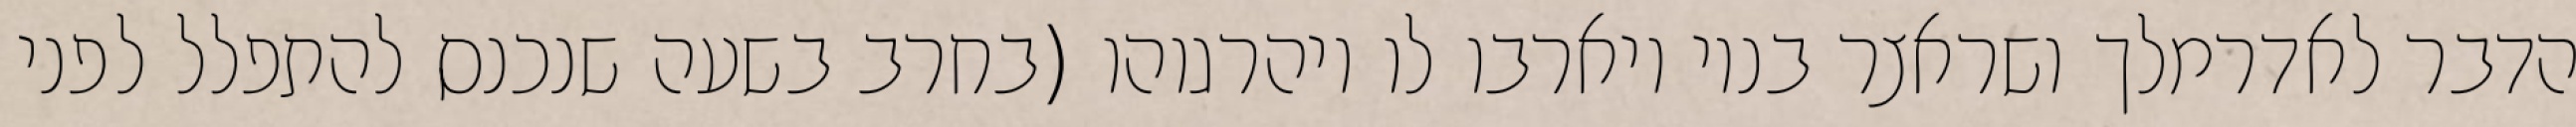
הדבר לאדרמלך ושראצר בניו ויארבו לו ויהרגוהו (בחרב בשעה שנכנס להתפלל לפני